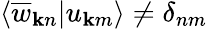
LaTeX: \left<\overline{{w}}_{{\mathbf k}n}|u_{{\mathbf k}m}\right>\ne\delta_{nm}